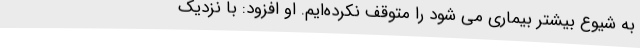
به شیوع بیشتر بیماری می شود را متوقف نکرده‌ایم. او افزود: با نزدیک